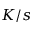
K / s